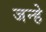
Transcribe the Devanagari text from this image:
जन्हे